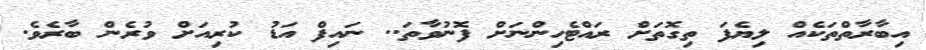
އިބާރާތްތަކެއް ލިޔެފަ ތިގޮތަށް ރައްޓެހިންނަށް ފޮނުވާތަ.. ނައިފް އަޑު ކުރިއަށް ވުރެން ބާރެވެ.